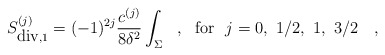
\begin{align*}S^{(j)}_{\mbox{div},1}=(-1)^{2j}{c^{(j)} \over 8\delta^2}\int_\Sigma~~,~~\mbox{for}~~j=0,~1/2,~1,~3/2~~~,\end{align*}